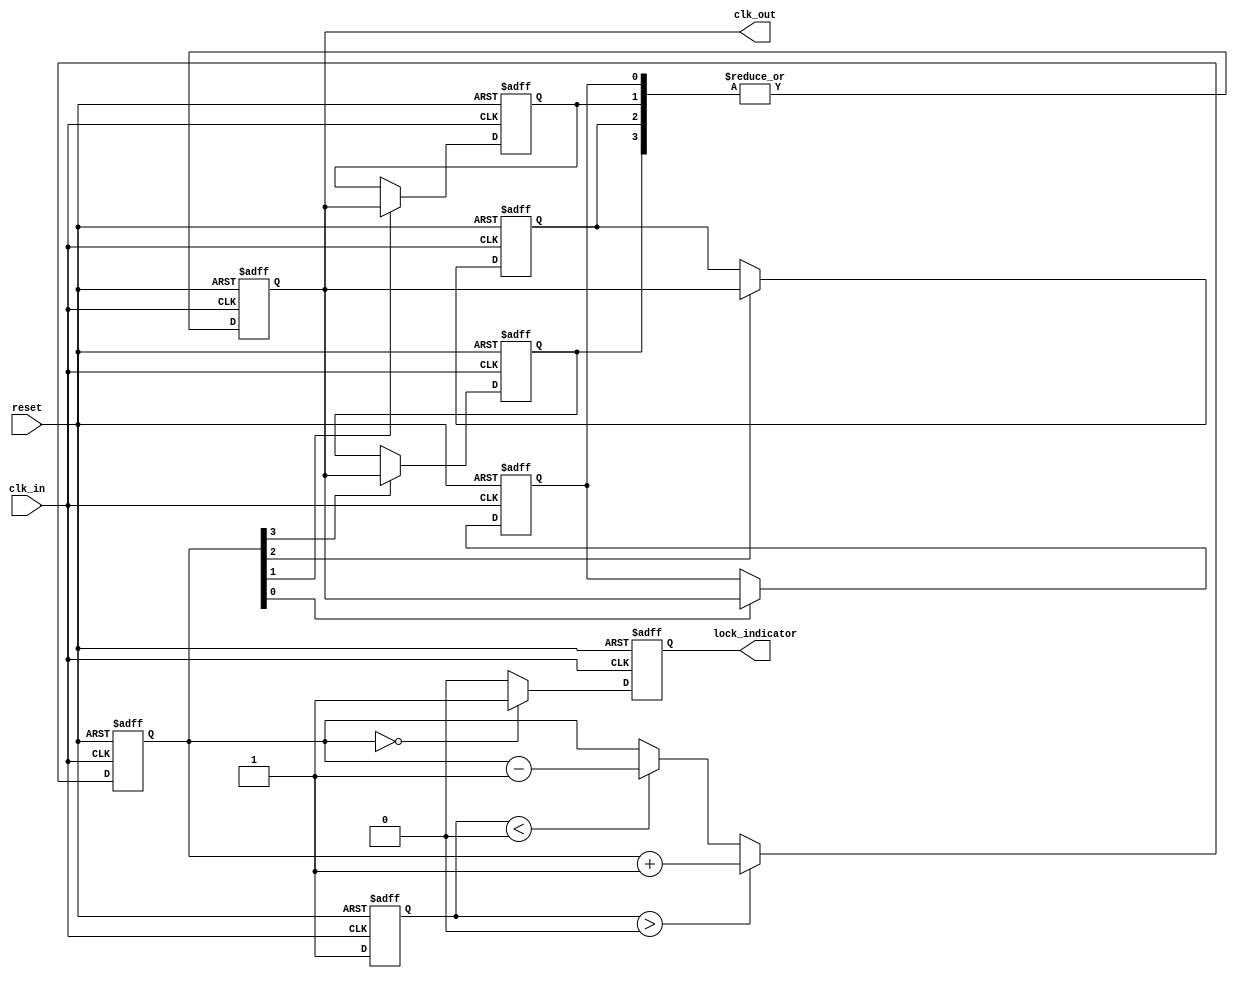
module MemoryBlocksDLL (
    input wire clk_in,           // Input clock signal
    input wire reset,            // Reset signal
    output wire clk_out,         // Output clock signal
    output wire lock_indicator    // Lock indicator
);

// Parameters
parameter NUM_DELAY_ELEMENTS = 4; // Number of memory blocks (delay elements)
parameter DELAY_STEP = 1;          // Each delay element adds 1 unit delay

// Internal signals
reg [NUM_DELAY_ELEMENTS-1:0] delay_elements; // Delay elements (memory blocks)
reg [NUM_DELAY_ELEMENTS-1:0] delay_enable;   // Control whether delay elements are used
reg clk_out_internal;                       // Internal output clock
reg phase_error;                            // Phase error indicator
wire phase_detected;                        // Phase detector output
reg lock;                                   // Lock status

// Phase Detector
always @(posedge clk_in or posedge reset) begin
    if (reset) begin
        phase_error <= 0;
    end else begin
        // Simple phase detector logic (detects if output is leading or lagging)
        if (clk_out_internal) begin
            phase_error <= 1; // Output is leading
        end else begin
            phase_error <= -1; // Output is lagging
        end
    end
end

// Control Logic
always @(posedge clk_in or posedge reset) begin
    if (reset) begin
        delay_enable <= 0; // Disable all delay elements on reset
        lock <= 0;         // Reset lock status
    end else begin
        // Adjust delay based on phase error
        if (phase_error > 0) begin
            // Output is leading; add delay
            delay_enable <= delay_enable + 1;
        end else if (phase_error < 0) begin
            // Output is lagging; reduce delay
            delay_enable <= delay_enable - 1;
        end
        
        // Check if DLL is locked (arbitrary threshold for example)
        if (delay_enable == 0) begin
            lock <= 1; // DLL is locked
        end else begin
            lock <= 0; // DLL is not locked
        end
    end
end

// Delay Elements (Memory Blocks)
genvar i;
generate
    for (i = 0; i < NUM_DELAY_ELEMENTS; i = i + 1) begin : delay_block
        always @(posedge clk_in or posedge reset) begin
            if (reset) begin
                // Reset individual memory block
                delay_elements[i] <= 0;
            end else if (delay_enable[i]) begin
                // Introduce delay if enabled
                delay_elements[i] <= clk_out_internal;
            end
        end
    end
endgenerate

// Feedback Loop
always @(posedge clk_in or posedge reset) begin
    if (reset) begin
        clk_out_internal <= 0;
    end else begin
        // Logic to combine delayed outputs (simple OR just for demonstration)
        clk_out_internal <= |delay_elements; // Combine delays for output
    end
end

// Output Buffer
assign clk_out = clk_out_internal;

// Lock Indicator
assign lock_indicator = lock;

endmodule